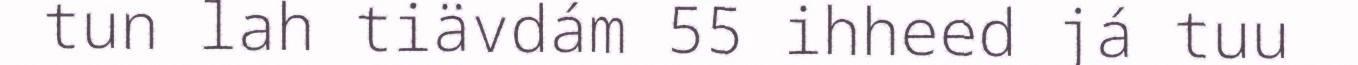
tun lah tiävdám 55 ihheed já tuu